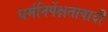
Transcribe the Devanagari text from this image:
धर्मनिर्पेक्षतावादी